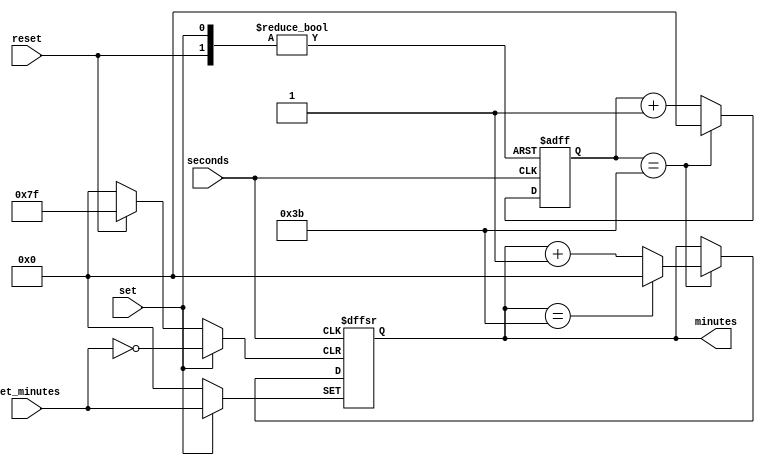
module minuteCounter (seconds, reset, set, set_minutes, minutes);

input reset;
input set;
input [6:0] set_minutes;
input seconds;
output reg[6:0] minutes=0;

reg [6:0] count = 0;

always @(negedge seconds, posedge reset, posedge set)
begin
    if (reset == 1)
        begin
            minutes <= 0;
            count <= 0;
        end 
    else if (set == 1)
        begin
            minutes <= set_minutes;
            count <= 0;
        end 
	else if (count == 59)
        begin
            if (minutes == 59)
                minutes <= 0;

            else
                minutes <= minutes + 1;

            count <=0;
        end
	else
	     count <= count + 1;	
end

endmodule